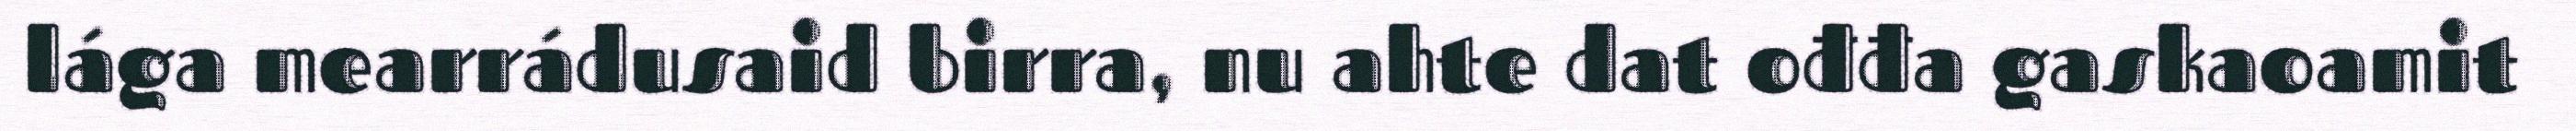
lága mearrádusaid birra, nu ahte dat ođđa gaskaoamit